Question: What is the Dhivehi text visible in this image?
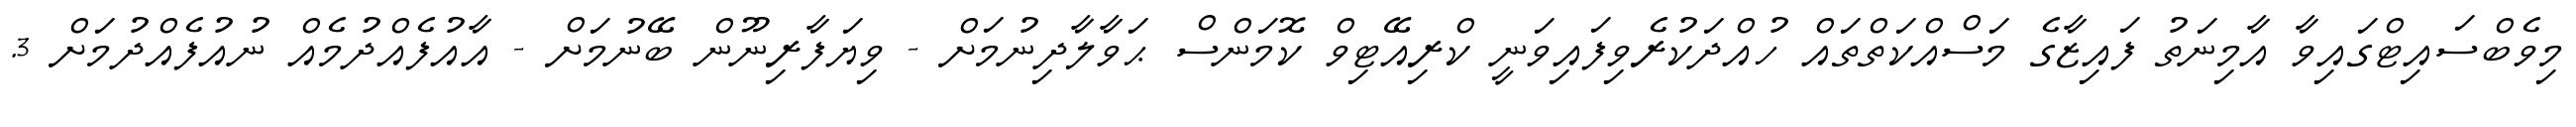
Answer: މިވެބްސައިޓްގައިވާ އާމިނަތު ފައިޒާގެ މަސްއްކަތްތައް ހުއްދަކުރެވިފައިވަނީ ކްރިއޭޓިވް ކޮމަންސް ޙަވާލާދިނުމަށް - ވިޔަފާރިނޫން ބޭނުމަށް - އާއުފެއްދުމެއް ނުއުފެއްދުމަށް 3.